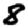
Digit: 8